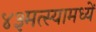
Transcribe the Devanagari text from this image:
४३मत्स्यामध्यें